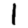
Digit: 1